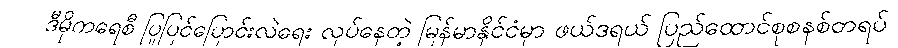
ဒီမိုကရေစီ ပြုပြင်ပြောင်းလဲရေး လုပ်နေတဲ့ မြန်မာနိုင်ငံမှာ ဖယ်ဒရယ် ပြည်ထောင်စုစနစ်တရပ်